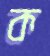
ক